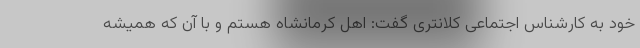
خود به کارشناس اجتماعی کلانتری گفت: اهل کرمانشاه هستم و با آن که همیشه